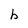
Character: b